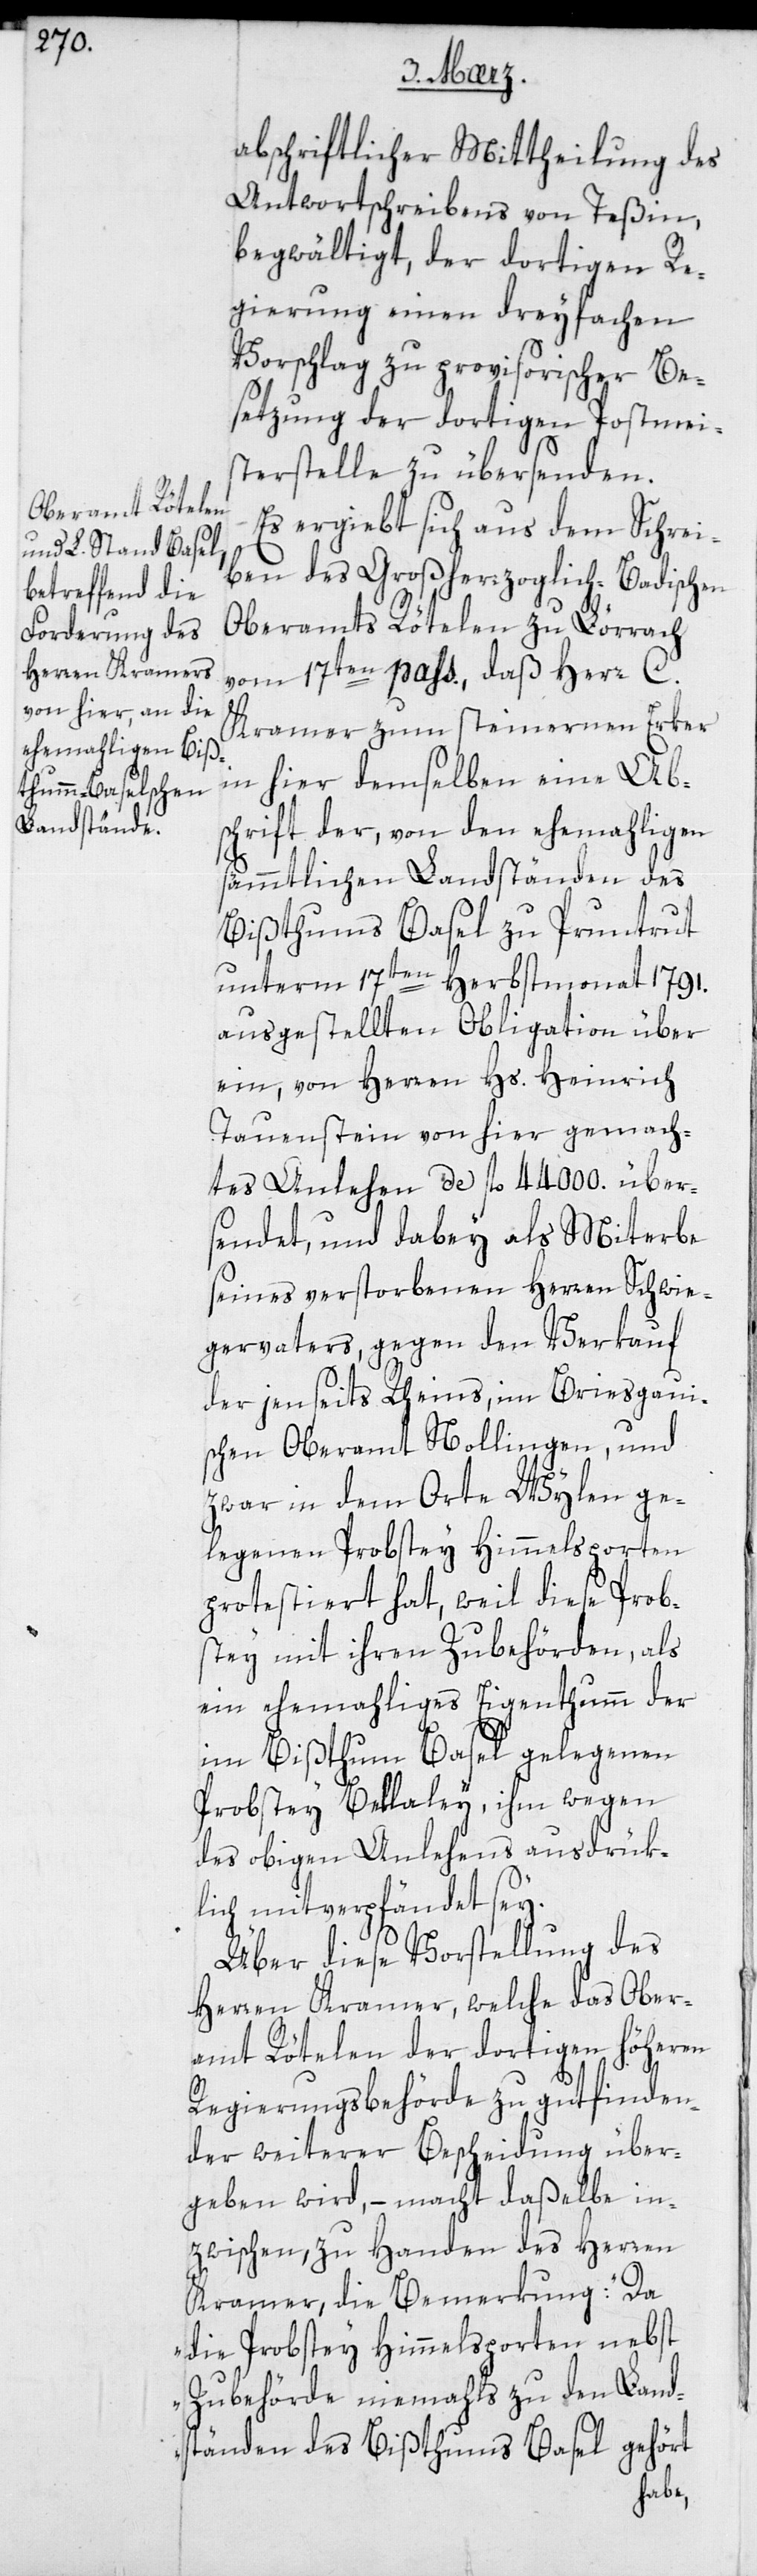
abschriftlicher Mittheilung des
Antwortschreibens von Teßin,
begwältigt, der dortigen Re¬
gierung einen dreyfachen
Vorschlag zu provisorischer Be¬
setzung der dortigen Postmei¬
sterstelle zu übersenden.
Es ergiebt sich aus dem Schrei¬
ben des Großherzoglich-Badischen
Oberamts Rötelen zu Lörrach
vom 17ten pass:, daß Herr C.
Kramer zum steinernen Erker
in hier, demselben eine Abs¬
chrift der, von den ehemahligen
sämmtlichen Landständen des
Bißthums Basel zu Pruntrut
unterm 17ten Herbstmonat 1791.
ausgestellten Obligation über
ein, von Herren Hs. Heinrich
Tauenstein von hier gemach¬
ten Anlehen de fl. 44 000. über¬
sendet, und dabey als Miterbe
seines verstorbenen Herren Schwie¬
gervaters, gegen den Verkauf
der jenseits Rheins, im Breisgaui¬
schen Oberamt Nollingen, und
zwar in dem Orte Wylen ge¬
legenen Probstey Himmelsporten
protestiert hat, weil diese Prob¬
stei mit ihren Zubehörden, als
ein ehemahliges Eigenthum der
im Bißthum Basel gelegenen
Probstei Bellaley, ihm wegen
des obigen Anlehens ausdrük¬
lich mitverpfändet sey.
Über diese Vorstellung des
Herren Kramer, welche das Ober¬
amt Rötelen der dortigen höhern
Regierungsbehörde zu gutfinden¬
der weiterer Bescheidung über¬
geben wird, – macht daßelbe in¬
zwischen, zu Handen des Herren
Kramer die Bemerkung: „Da
die Probstey Himmelsporten nebst
Zubehörde niemahls zu den Land¬
ständen des Bißthums Basel gehört